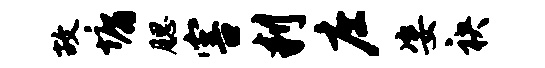
故墉腮害判庄姿袂